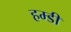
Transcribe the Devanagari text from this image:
हम्डी